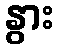
နွား